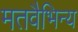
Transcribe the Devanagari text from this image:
मतवैभिन्य